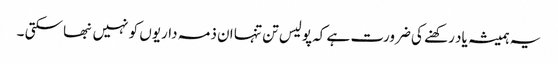
یہ ہمیشہ یاد رکھنے کی ضرورت ہے کہ پولیس تن تنہا ان ذمہ داریوں کو نہیں نبھا سکتی ۔